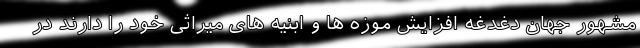
مشهور جهان دغدغه افزایش موزه ها و ابنیه های میراثی خود را دارند در